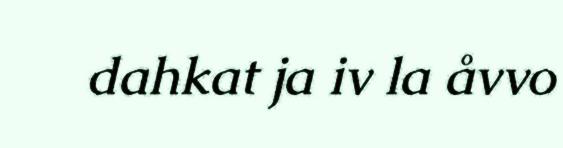
dahkat ja iv la åvvo